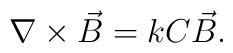
\nabla\times\vec{B} = k C \vec{B} .